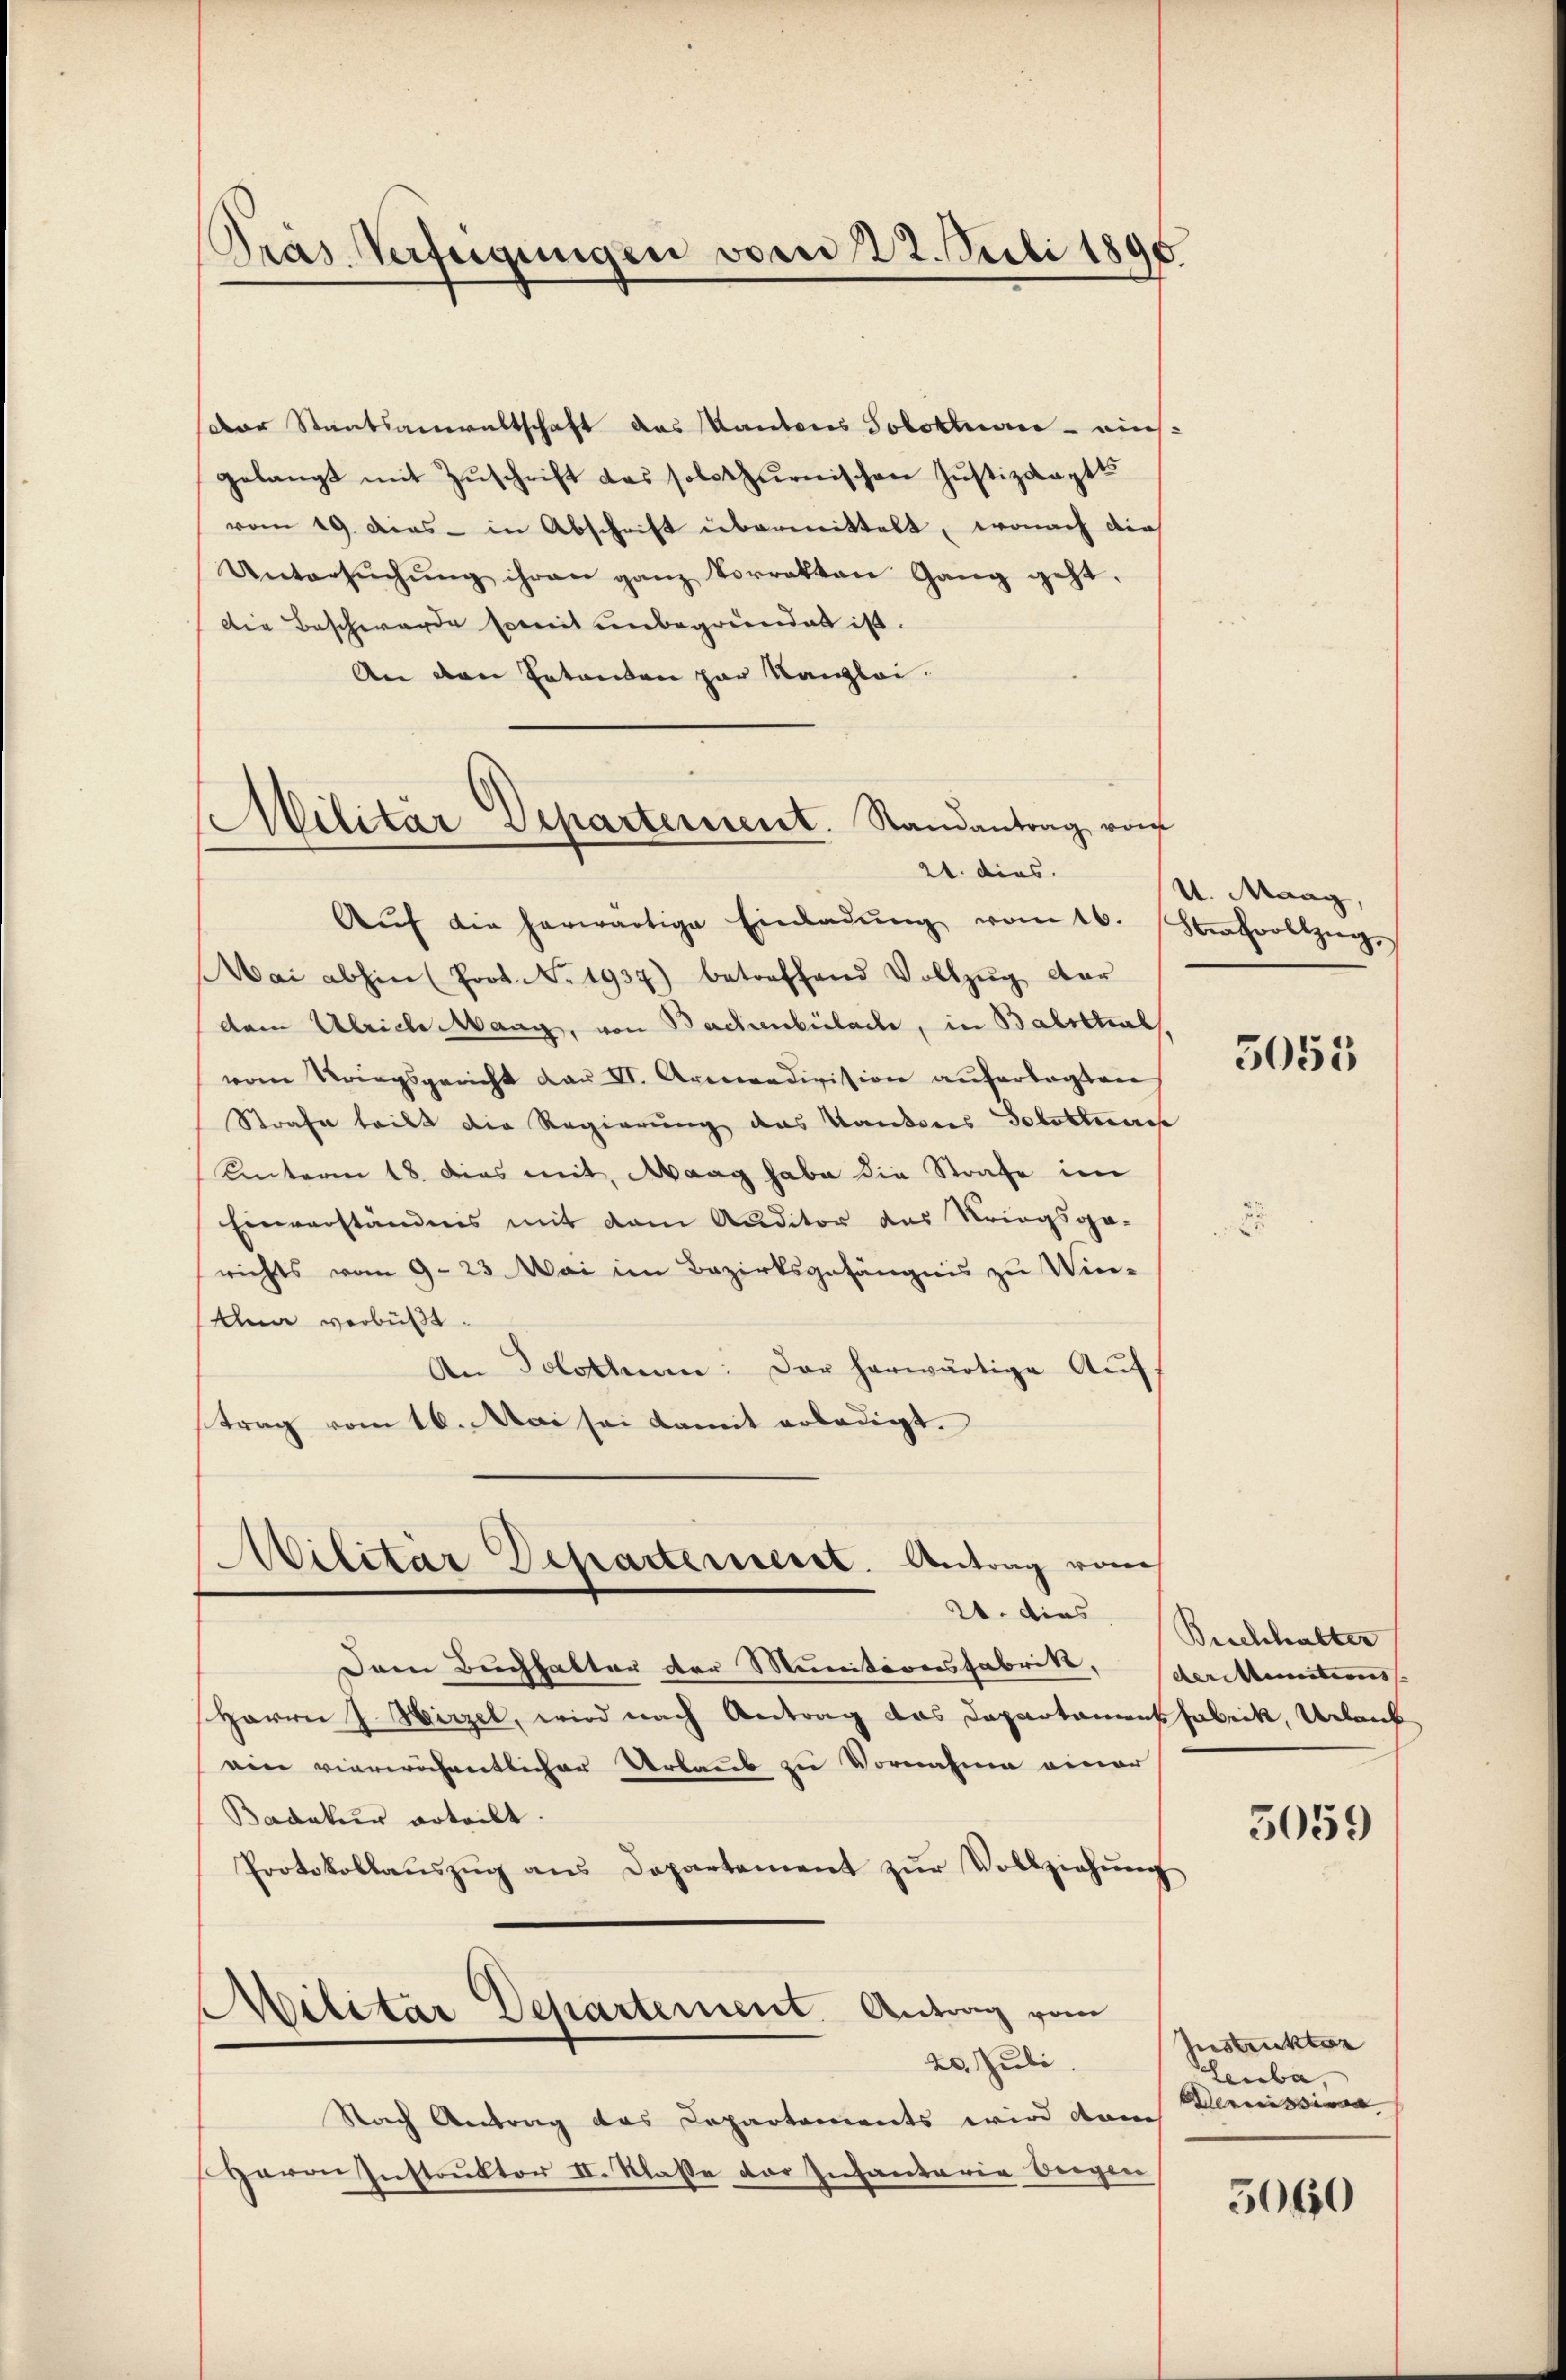
Pras Verfeigungen vom 22. Juli 1890

Der Staatsanwaltschaft das Kantons Solothure - auch
gelangt mit Zuschrift das solothurnischen Justizkaptts
vom 19. dies - in Abschrift übermittelt, wonach die
Untersŭchŭng ihren ganz Vorrekten Gang geht.
Die Beschwerde somit unbegründet ist.
An den Tatenten par Kanzlei.
21. dies
Aŭf die herwärtige Einladŭng vom 16. Strafvollzi
Mai abhin (Prot. No. 1937) betreffend Vollzŭg dar
dem Ulrich Maag, von Bachenbülache, in Balstral
vom Kriegsgericht dar II. Armendivision aŭferlegten
Strafe teilt die Regierung das Kantons Solotteres
Unterm 18. dies mit, Maag habe die Strafe im
Einverständnis mit dem Auditor das Kriegsge-
richts vom 9. 23 Mai im Bezirksgefängnis zu Wie-
An verbüßt.
An Solothum: Der herwärtige Aŭf-
trag vom 16. Mai sei damit erledigt.
Militär Departemenst. Antrag vom
24. Dies
Dem Buchhalter der Munitionsfabrikt,
Herrn J. Hirzel, wird nach Antrag das Departamensfabrik, Urlaub
ein viereröchentlicher Urlaub zu Vornahme einer
Badatur erteilt.
Protokollaŭszŭg ans Departement zŭr Vollziehŭng
Militar Departement. Antrag vom
20. Juli
Nach Antrag das Departements wird dam
Herrn Instruktor II. Klasse des Infantaria Siegen

Militar Departement. Randantrag von

U. Maag,

3055

Beichhalter
der Munitions |

5059

Instruktur
Leuba,
eeresia |

5060